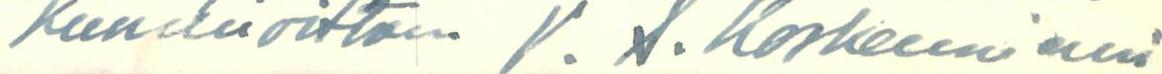
Kunnioittaen V. A. Koskenniemi